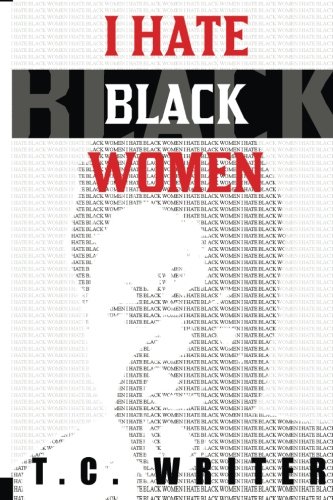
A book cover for I Hate Black Women; T C Writer; Literature & Fiction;